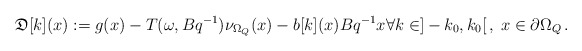
\begin{align*}\mathfrak{D}[k](x):= g(x)-T(\omega,Bq^{-1})\nu_{\Omega_Q}(x)-b[k](x)Bq^{-1}x \forall k\in]-k_0,k_0[\,,\; x \in \partial \Omega_Q\, .\end{align*}